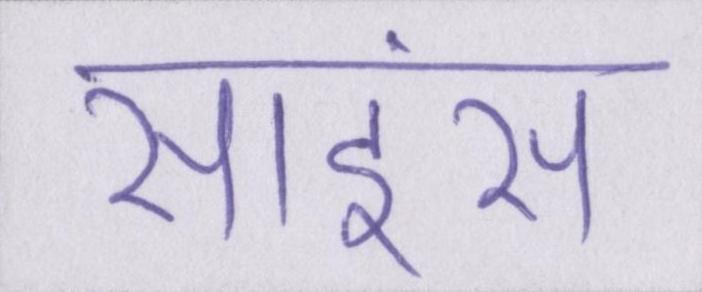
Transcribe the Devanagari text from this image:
साइंस